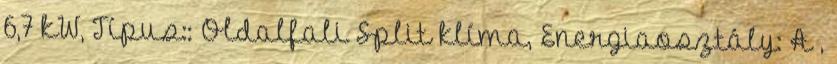
6,7 kW, Típus:: Oldalfali Split klíma, Energiaosztály: A ,